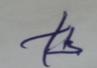
Signature authenticity: forged